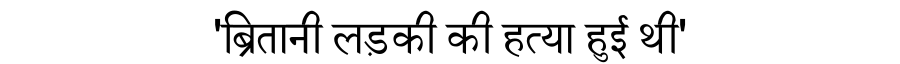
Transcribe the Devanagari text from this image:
'ब्रितानी लड़की की हत्या हुई थी'